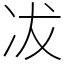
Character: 冹